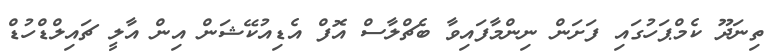
ތިނަދޫ ކެމްޕަހުގައި ފަށަން ނިންމާފައިވާ ބެޗްލާސް އޮފް އެޑިއުކޭޝަން އިން އާލީ ޗައިލްޑްހުޑް